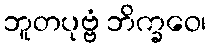
ဘူတပုဗ္ဗံ ဘိက္ခဝေ၊